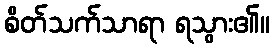
စိတ်သက်သာရာ ရသွား၏။